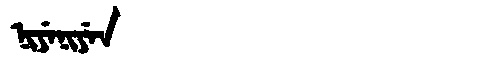
Manchu: ᠨᡳᠶᡝᠨᡳᠶᡝᠨ
Romanization: NIYENIYEN